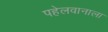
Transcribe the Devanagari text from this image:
पहेलवानाला